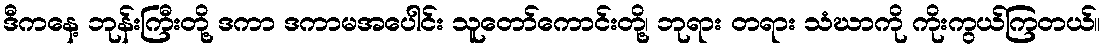
ဒီကနေ့ ဘုန်းကြီးတို့ ဒကာ ဒကာမအပေါင်း သူတော်ကောင်းတို့၊ ဘုရား တရား သံဃာကို ကိုးကွယ်ကြတယ်။